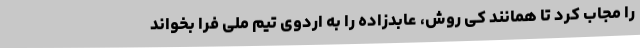
را مجاب کرد تا همانند کی روش، عابدزاده را به اردوی تیم ملی فرا بخواند